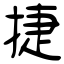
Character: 捷